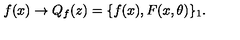
f ( x ) \to Q _ { f } ( z ) = \{ f ( x ) , F ( x , \theta ) \} _ { 1 } .